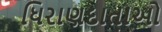
ધિરાણદાતાઓ